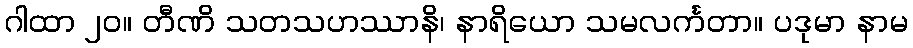
ဂါထာ ၂၀။ တီဏိ သတသဟဿာနိ၊ နာရိယော သမလင်္ကတာ။ ပဒုမာ နာမ